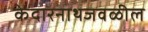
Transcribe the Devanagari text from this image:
केदारनाथजवळील